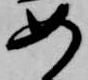
如